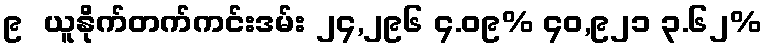
၉  ယူနိုက်တက်ကင်းဒမ်း ၂၄,၂၉၆ ၄.၀၉% ၄၀,၉၂၁ ၃.၆၂%